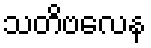
သတိဗလေန